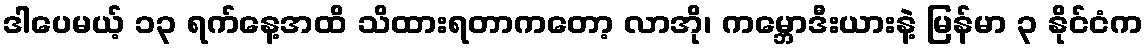
ဒါပေမယ့် ၁၃ ရက်နေ့အထိ သိထားရတာကတော့ လာအို၊ ကမ္ဘောဒီးယားနဲ့ မြန်မာ ၃ နိုင်ငံက